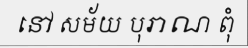
នៅ សម័យ បុរាណ ពុំ